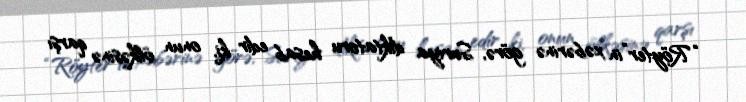
“Röyter”in xəbərinə görə, Suriya diktatoru hesab edir ki, onun ölkəsinə qarşı